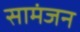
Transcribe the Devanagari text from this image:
सामंजन